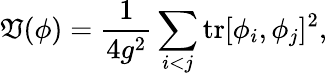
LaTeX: \mathfrak{V}(\phi)=\frac{{1}}{{4g^{2}}}\sum_{i<j}\mathrm{{tr}}[\phi_{i},\phi_{j}]^{2},